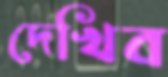
দেখিব